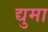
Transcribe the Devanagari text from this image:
द्युमा